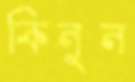
কিনুন